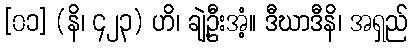
[၀၁] (နိ၊ ၄၂၃) ဟိ၊ ချဲ့ဦးအံ့။ ဒီဃာဒီနိ၊ အရှည်